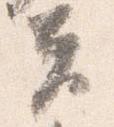
夫